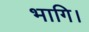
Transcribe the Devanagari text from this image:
भागि।